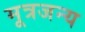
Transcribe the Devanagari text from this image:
मूत्रजन्य